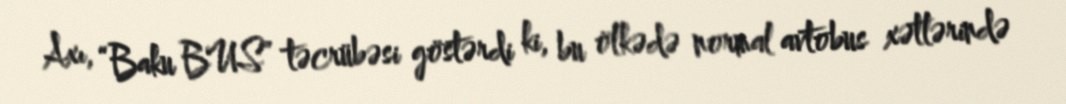
Axı, “Baku BUS” təcrübəsi göstərdi ki, bu ölkədə normal avtobus xətlərində